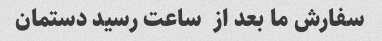
سفارش ما بعد از  ساعت رسید دستمان